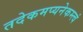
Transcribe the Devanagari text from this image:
तदेकमप्यनेकम्त्वं